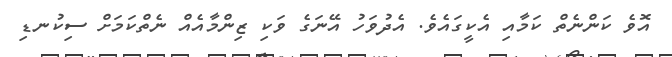
އޮވެ ކަންނެތް ކަމާއި އެކީގައެވެ. އެދުވަހު އޭނަގެ ވަކި ޒިންމާއެއް ނެތްކަމަށް ސިކުނޑި